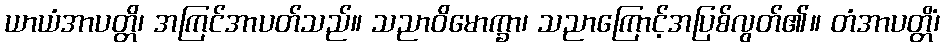
ယာယံအာပတ္တိ၊ အကြင်အာပတ်သည်။ သညာဝိမောက္ခာ၊ သညာကြောင့်အပြစ်လွတ်၏။ တံအာပတ္တိံ၊